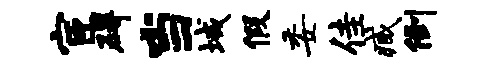
宦碍当域假委佳臧倒